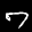
Label: 7